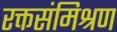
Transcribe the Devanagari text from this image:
रक्तसंमिश्रण